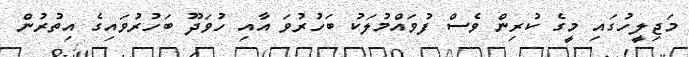
މަޖިލީހުގައި މީގެ ކުރިން ވެސް ފުވައްމުލަކު ބަހުރުވަ އާއި ހުވަދޫ ބަހުރުވައިގެ އިތުރުން